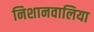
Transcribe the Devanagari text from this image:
निशानवालिया